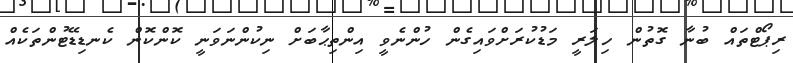
ރިޕޯޓްތައް ބުނާ ގޮތުން ހިލަރީ މަޑުކުރަށްވައިގެން ހުންނެވީ އިންތިޙާބަށް ނިކުންނަވަނީ ކޮންކޮން ކެނޑިޑޭޓުންތަކެއް